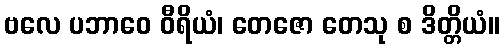
ဗလေ ပဘာဝေ ဝီရိယံ၊ တေဇော တေသု စ ဒိတ္တိယံ။